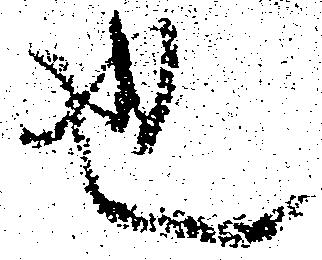
也